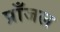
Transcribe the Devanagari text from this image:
प्राँजल